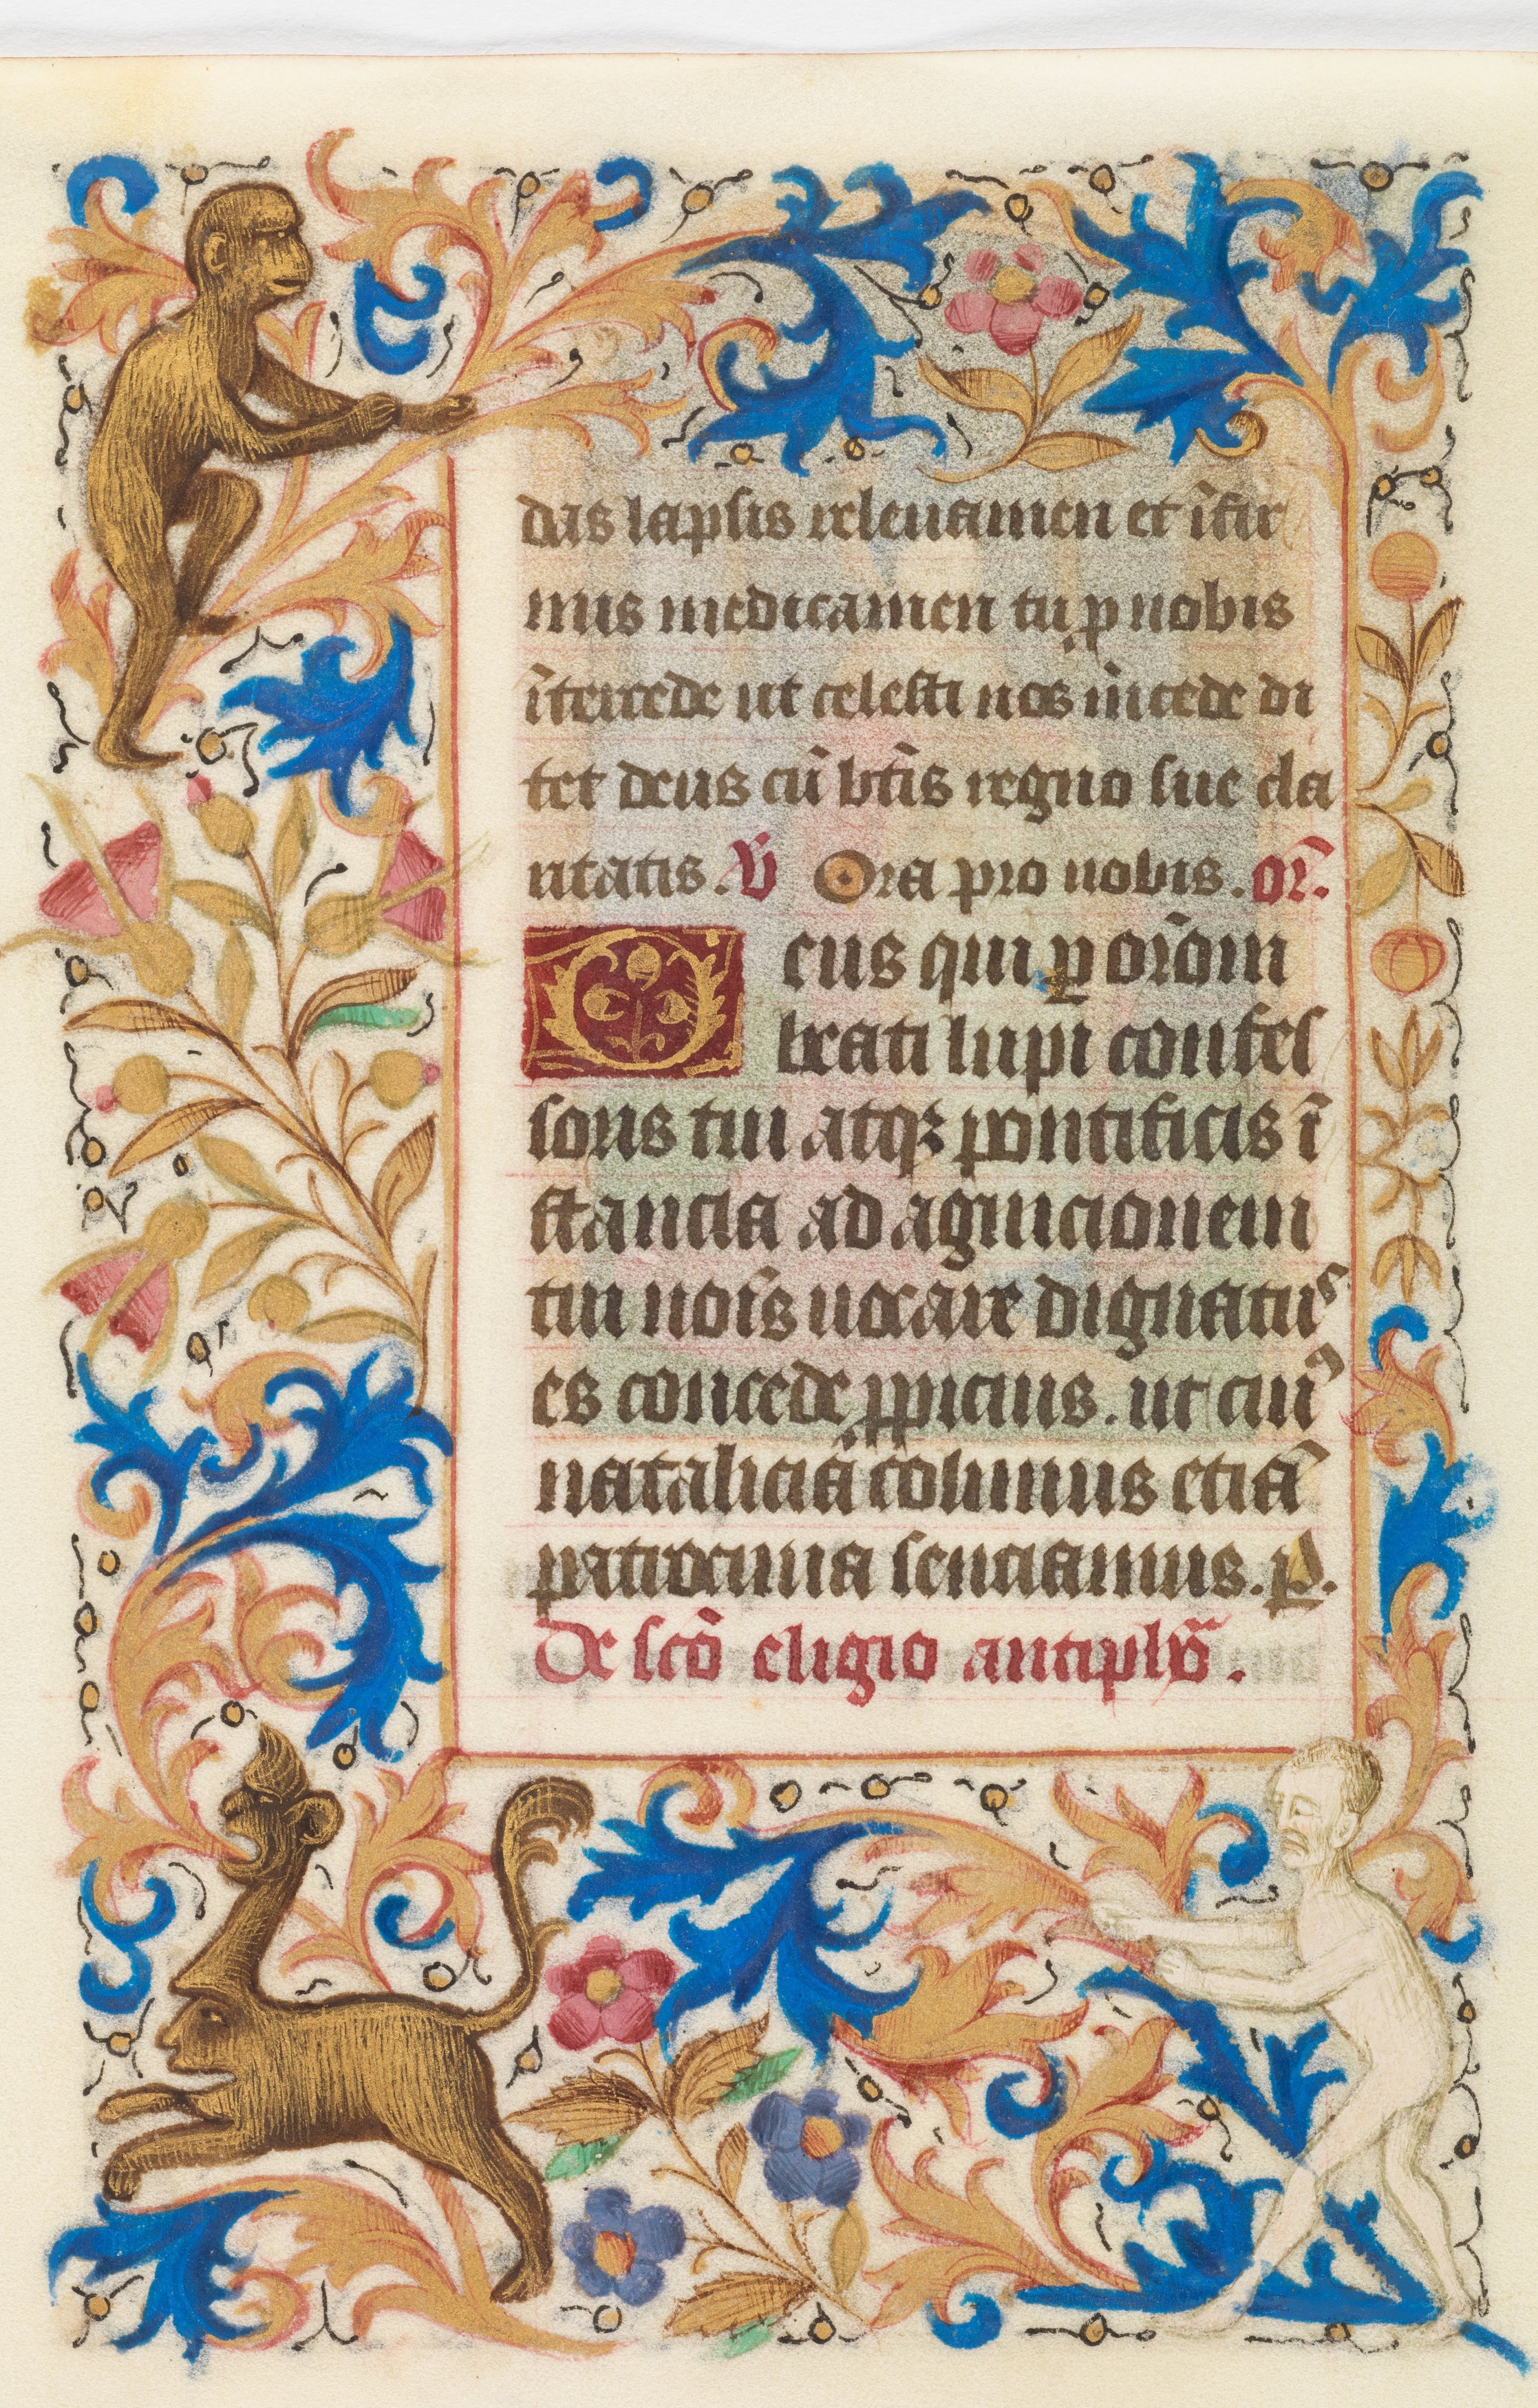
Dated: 1450–1460